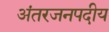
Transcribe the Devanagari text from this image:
अंतरजनपदीय